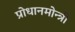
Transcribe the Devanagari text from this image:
प्रोधानमोन्त्री